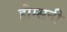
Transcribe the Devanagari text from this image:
होम्सनी